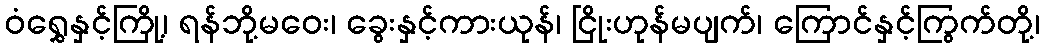
ဝံရွှေနှင့်ကြို့၊ ရန်ဘို့မဝေး၊ ခွေးနှင့်ကားယုန်၊ ငြိုးဟုန်မပျက်၊ ကြောင်နှင့်ကြွက်တို့၊